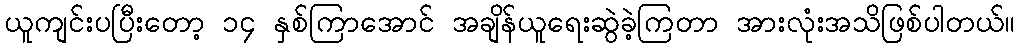
ယူကျင်းပပြီးတော့ ၁၄ နှစ်ကြာအောင် အချိန်ယူရေးဆွဲခဲ့ကြတာ အားလုံးအသိဖြစ်ပါတယ်။